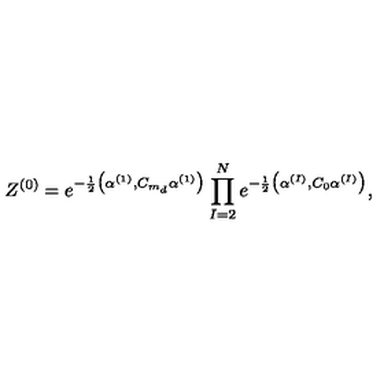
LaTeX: Z ^ { ( 0 ) } = e ^ { - \frac { 1 } { 2 } \big ( \alpha ^ { ( 1 ) } , C _ { m _ { d } } \alpha ^ { ( 1 ) } \big ) } \prod _ { I = 2 } ^ { N } e ^ { - \frac { 1 } { 2 } \big ( \alpha ^ { ( I ) } , C _ { 0 } \alpha ^ { ( I ) } \big ) } ,